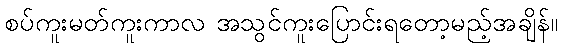
စပ်ကူးမတ်ကူးကာလ အသွင်ကူးပြောင်းရတော့မည့်အချိန်။